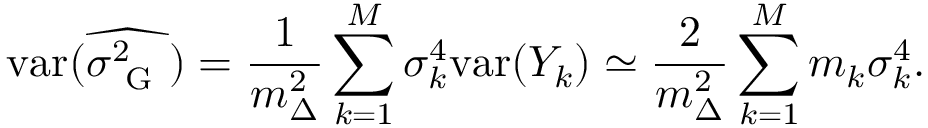
\mathrm { v a r } ( \widehat { \sigma _ { \mathrm { ~ G ~ } } ^ { 2 } } ) = \frac { 1 } { m _ { \Delta } ^ { 2 } } \sum _ { k = 1 } ^ { M } \sigma _ { k } ^ { 4 } \mathrm { v a r } ( Y _ { k } ) \simeq \frac { 2 } { m _ { \Delta } ^ { 2 } } \sum _ { k = 1 } ^ { M } m _ { k } \sigma _ { k } ^ { 4 } .